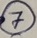
Text: 7